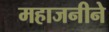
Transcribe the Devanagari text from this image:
महाजनीने